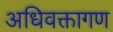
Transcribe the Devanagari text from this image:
अधिवक्तागण